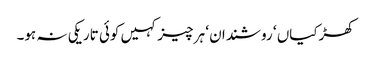
کھڑکیاں ‘ روشندان ‘ ہر چیز کہیں کوئی تاریکی نہ ہو۔